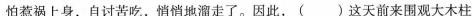
怕惹祸上身，自讨苦吃，悄悄地溜走了。因此，（）这天前来围观大木柱